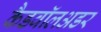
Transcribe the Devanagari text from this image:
कैडवॉलअडर